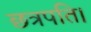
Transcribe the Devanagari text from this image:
छत्रपति।